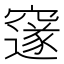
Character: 𮄜